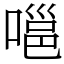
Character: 嗈